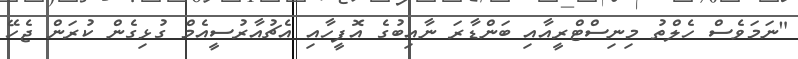
"ނަމަވެސް ހެލްތު މިނިސްޓްރީއާއި ބަންޑާރަ ނާއިބުގެ އޮފީހާއި އެޗުއާރުސީއެމް ގުޅިގެން ކުރަން ޖެހޭ